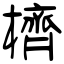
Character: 櫅